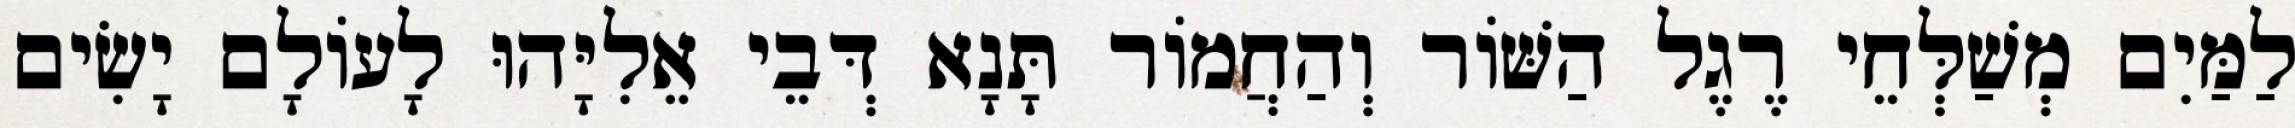
לַמַּיִם מְשַׁלְּחֵי רֶגֶל הַשּׁוֹר וְהַחֲמוֹר תָּנָא דְּבֵי אֵלִיָּהוּ לָעוֹלָם יָשִׂים